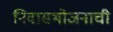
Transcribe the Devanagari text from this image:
निवासभोजनाची